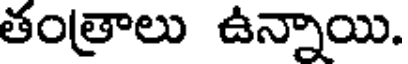
తంత్రాలు ఉన్నాయి.